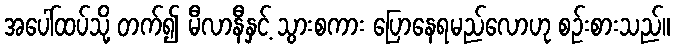
အပေါ်ထပ်သို့ တက်၍ မီလာနီနှင့် သွားစကား ပြောနေရမည်လောဟု စဉ်းစားသည်။